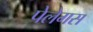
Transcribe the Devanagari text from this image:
पेलेगस